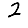
Digit: 2